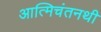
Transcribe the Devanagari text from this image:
आत्मिचंतनथी